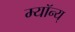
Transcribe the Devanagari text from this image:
म्यॉन्य्